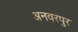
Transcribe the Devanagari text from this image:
अनवरपुर